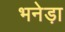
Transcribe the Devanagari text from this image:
भनेड़ा